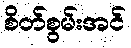
စိတ်စွမ်းအင်